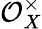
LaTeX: {\mathcal{O}}_{X}^{\times}